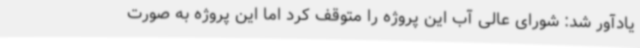
یادآور شد: شورای عالی آب این پروژه را متوقف کرد اما این پروژه به صورت